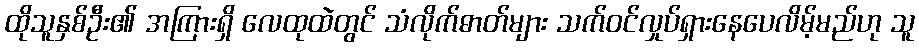
ထိုသူနှစ်ဦး၏ အကြားရှိ လေထုထဲတွင် သံလိုက်ဓာတ်များ သက်ဝင်လှုပ်ရှားနေပေလိမ့်မည်ဟု သူ